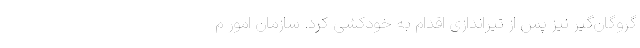
گروگان‌گیر نیز پس از تیراندازی اقدام به خودکشی کرد. سازمان امور م